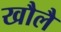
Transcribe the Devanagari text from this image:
खौलै